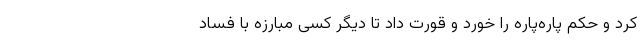
کرد و حکم پاره‌پاره را خورد و قورت داد تا دیگر کسی مبارزه با فساد